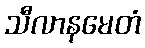
သီလာနမေတံ